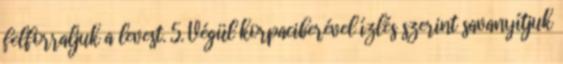
felforraljuk a levest. 5. Végül korpaciberével ízlés szerint savanyítjuk